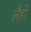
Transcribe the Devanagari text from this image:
लैहों